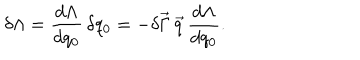
\delta \Lambda = \frac { d \Lambda } { d q _ { 0 } } \, \delta q _ { 0 } = - \delta \vec { \Gamma } \, \vec { q } \, \frac { d \Lambda } { d q _ { 0 } } .